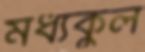
মধ্যকুল